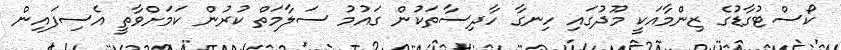
ކޯސްޓުގާޑުގެ ޒިންމާއަކީ މޫދުގައި ހިނގާ ހާދިސާތަކުން ގައުމު ސަލާމަތް ކުރުން ކަމަށްވާތީ އެސިފައިން